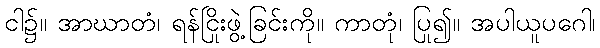
ငါ၌။ အာဃာတံ၊ ရန်ငြိုးဖွဲ့ခြင်းကို။ ကာတုံ၊ ပြု၍။ အပါယူပဂေါ၊